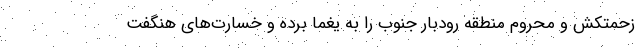
زحمتکش و محروم منطقه رودبار جنوب را به یغما برده و خسارت‌های هنگفت